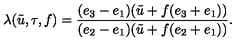
\lambda ( \tilde { u } , \tau , f ) = \frac { ( e _ { 3 } - e _ { 1 } ) ( \tilde { u } + f ( e _ { 3 } + e _ { 1 } ) ) } { ( e _ { 2 } - e _ { 1 } ) ( \tilde { u } + f ( e _ { 2 } + e _ { 1 } ) ) } .